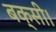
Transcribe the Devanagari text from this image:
बक्सी।